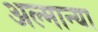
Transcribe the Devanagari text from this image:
अल्मान्या